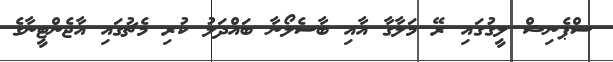
ސްޕެނިޝް ލީގުގައި ރޭ މަލާގާ އާއި ބާސެލޯނާ ބައްދަލު ކުރި މެޗުގައި އާޖެންޓީނާގެ